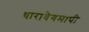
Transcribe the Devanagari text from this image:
धारावेगमापी